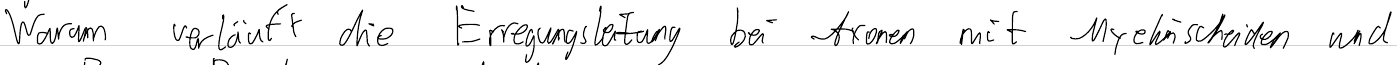
Warum verläuft die Erregungsleitung bei Axonen mit Myelinscheiden und